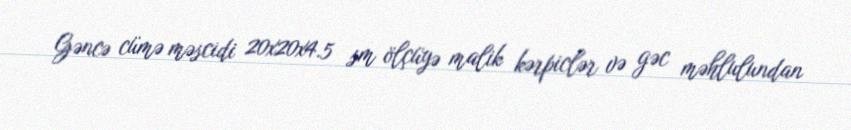
Gəncə cümə məscidi 20x20x4.5 sm ölçüyə malik kərpiclər və gəc məhlulundan